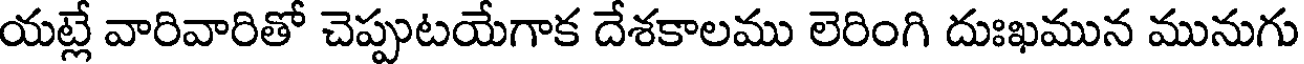
యట్లే వారివారితో చెప్పుటయేగాక దేశకాలము లెరింగి దుఃఖమున మునుగు